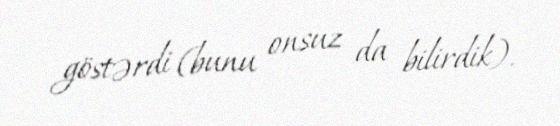
göstərdi (bunu onsuz da bilirdik).